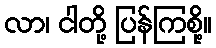
လာ၊ ငါတို့ ပြန်ကြစို့။